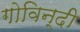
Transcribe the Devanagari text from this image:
गोविन्दी